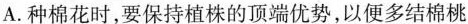
A.种棉花时，要保持植株的顶端优势，以便多结棉桃